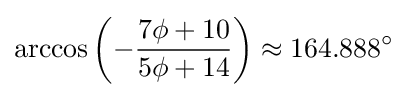
\arccos \left(-{\frac {7\phi +10}{5\phi +14}}\right)\approx 164.888^{\circ }